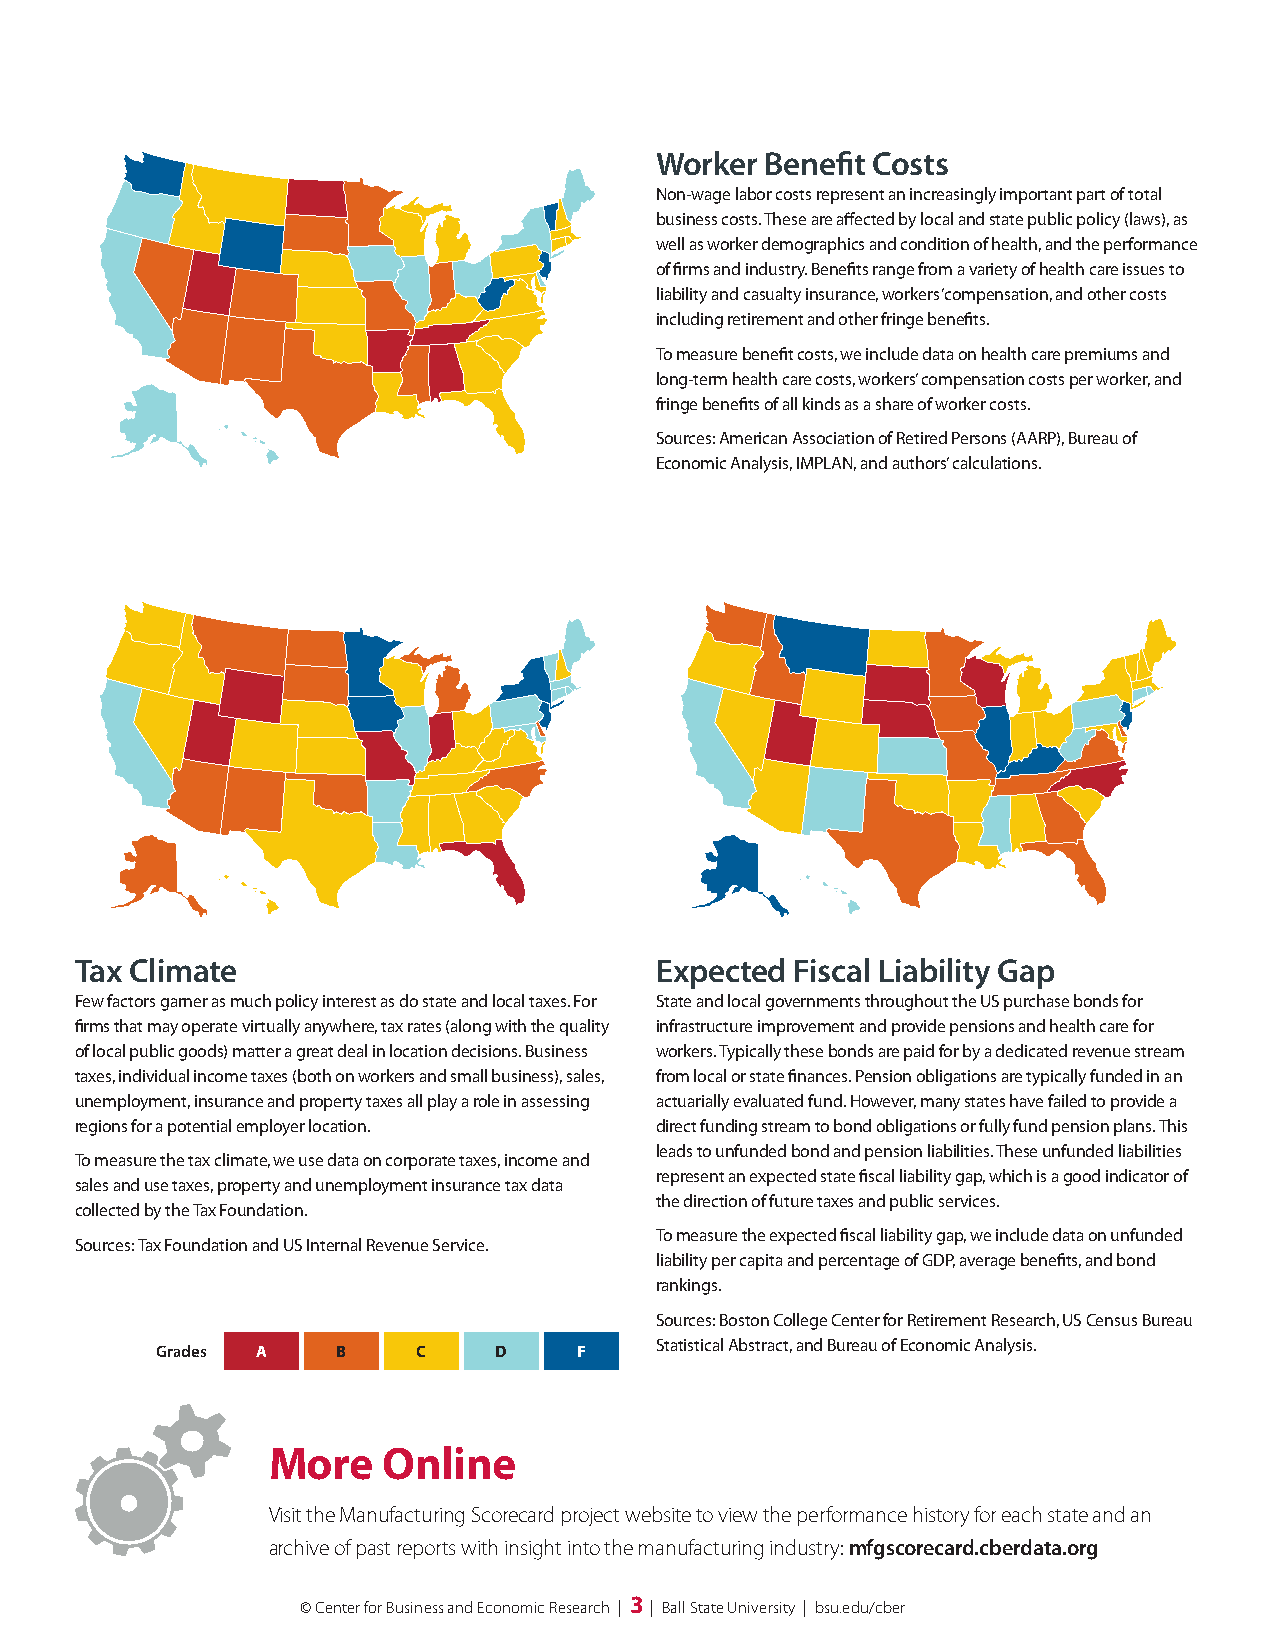
Worker  Benefit Costs
 Non-wage labor costs represent an increasingly important part of total
 business costs. These are affected by local and state public policy (laws), as
 well as worker demographics and condition of health, and the performance
 of firms and industry. Benefits range from a variety of health care issues to
 liability and casualty insurance, workers’ compensation, and other costs
 including retirement and other fringe benefits.
 To measure benefit costs, we include data on health care premiums and
 long-term health care costs, workers’ compensation costs per worker, and
 fringe benefits of all kinds as a share of worker costs.
 Sources: American Association of Retired Persons (AARP), Bureau of
 Economic Analysis, IMPLAN, and authors’ calculations.
 Tax Climate                           Expected  Fiscal Liability Gap
 Few factors garner as much policy interest as do state and local taxes. For State and local governments throughout the US purchase bonds for
 firms that may operate virtually anywhere, tax rates (along with the quality infrastructure improvement and provide pensions and health care for
 of local public goods) matter a great deal in location decisions. Business workers. Typically these bonds are paid for by a dedicated revenue stream
 taxes, individual income taxes (both on workers and small business), sales, from local or state finances. Pension obligations are typically funded in an
 unemployment, insurance and property taxes all play a role in assessing actuarially evaluated fund. However, many states have failed to provide a
 regions for a potential employer location. direct funding stream to bond obligations or fully fund pension plans. This
 leads to unfunded bond and pension liabilities. These unfunded liabilities
 To measure the tax climate, we use data on corporate taxes, income and
 represent an expected state fiscal liability gap, which is a good indicator of
 sales and use taxes, property and unemployment insurance tax data
 the direction of future taxes and public services.
 collected by the Tax Foundation.
 To measure the expected fiscal liability gap, we include data on unfunded
 Sources: Tax Foundation and US Internal Revenue Service.
 liability per capita and percentage of GDP, average benefits, and bond
 rankings.
 Sources: Boston College Center for Retirement Research, US Census Bureau
 Statistical Abstract, and Bureau of Economic Analysis.
 Grades A    B     C    D    F
 More   Online
 Visit the Manufacturing Scorecard project website to view the performance history for each state and an
 archive of past reports with insight into the manufacturing industry: mfgscorecard.cberdata.org
 © Center for Business and Economic Research | 3 | Ball State University | bsu.edu/cber